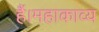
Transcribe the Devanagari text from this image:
हैं।महाकाव्य